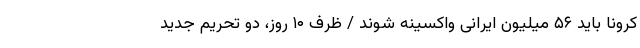
کرونا باید ۵۶ میلیون ایرانی واکسینه شوند / ظرف ۱۰ روز، دو تحریم جدید